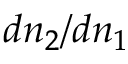
d n _ { 2 } / d n _ { 1 }